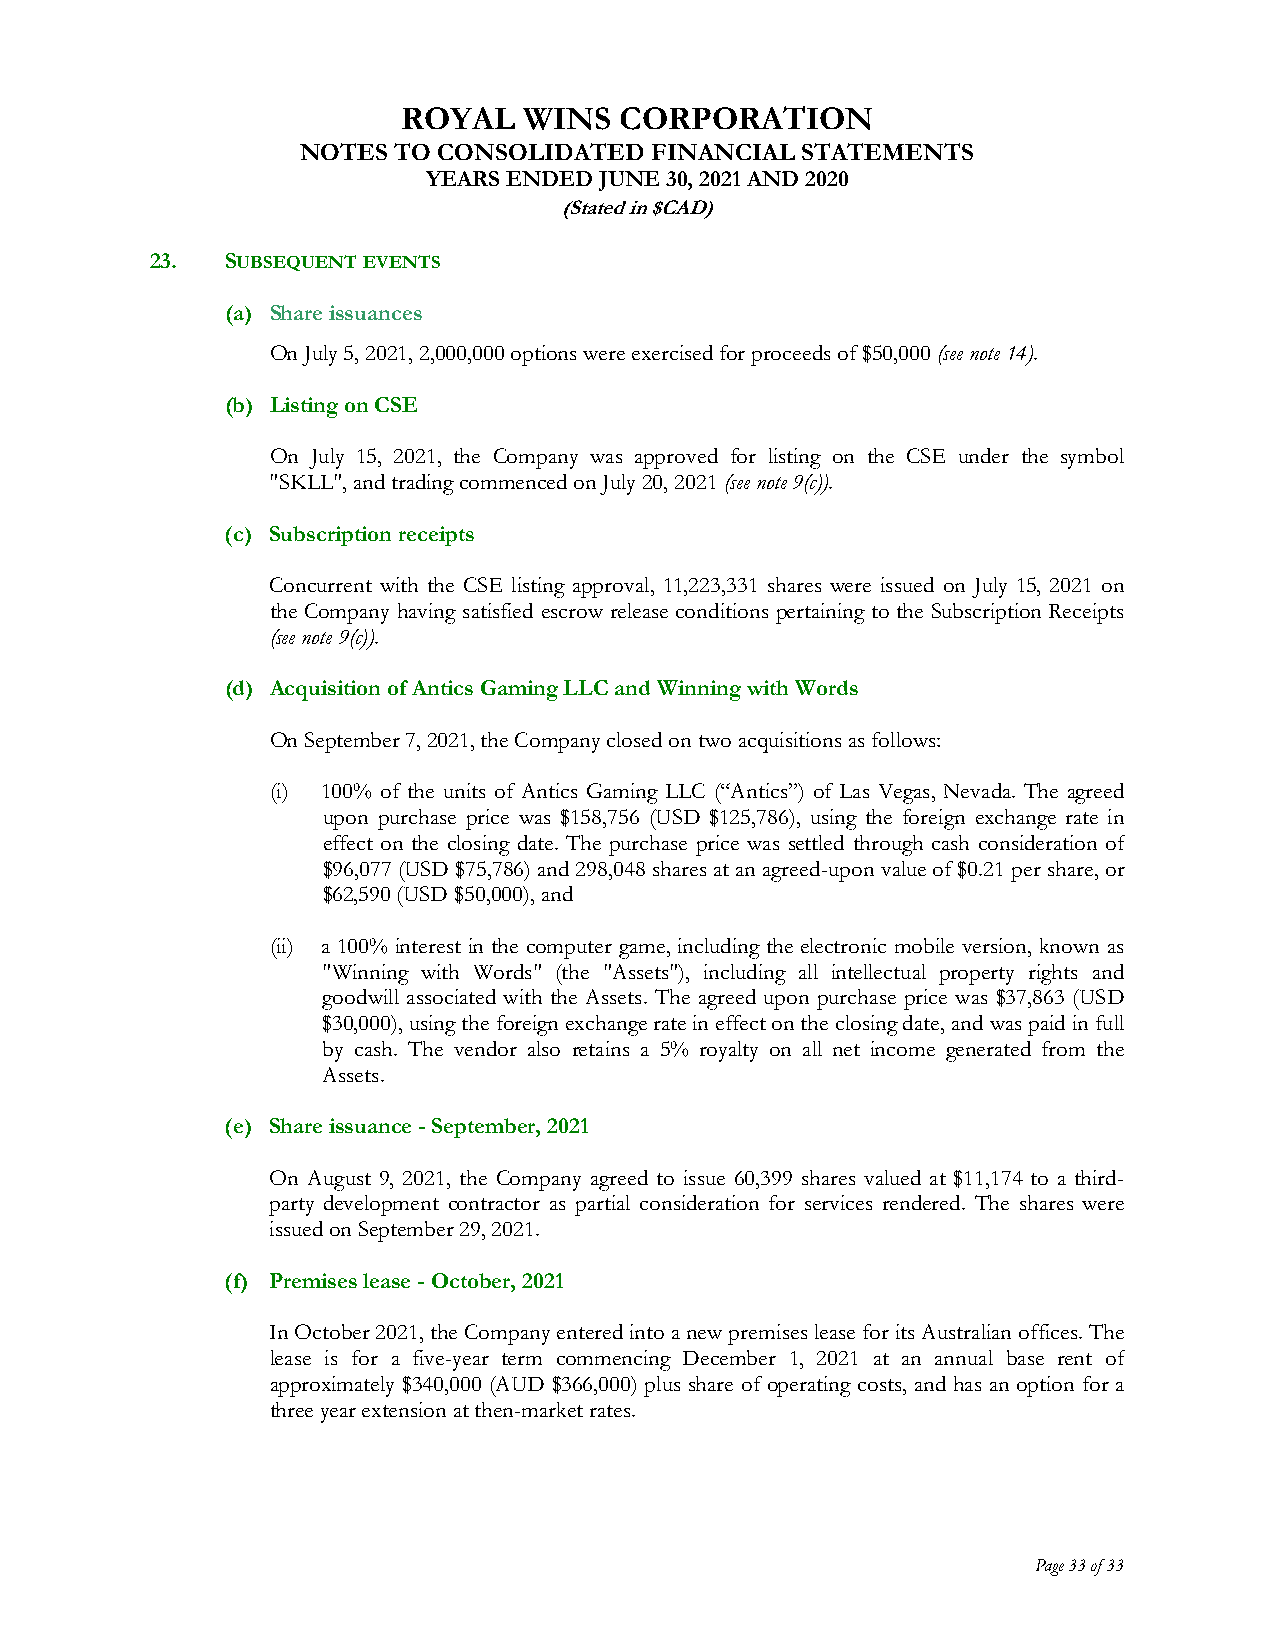
ROYAL   WINS  CORPORATION
 NOTES TO CONSOLIDATED  FINANCIAL STATEMENTS
 YEARS ENDED JUNE 30, 2021 AND 2020
 (Stated in $CAD)
 23.  SUBSEQUENTEVENTS
 (a) Share issuances
 On July 5, 2021, 2,000,000 options were exercised for proceeds of $50,000 (see note 14).
 (b) Listing on CSE
 On July 15, 2021, the Company was approved for listing on the CSE under the symbol
 "SKLL", and trading commenced on July 20, 2021 (see note 9(c)).
 (c) Subscription receipts
 Concurrent with the CSE listing approval, 11,223,331 shares were issued on July 15, 2021 on
 the Company having satisfied escrow release conditions pertaining to the Subscription Receipts
 (see note 9(c)).
 (d) Acquisition of Antics Gaming LLC and Winning with Words
 On September 7, 2021, the Company closed on two acquisitions as follows:
 (i) 100% of the units of Antics Gaming LLC (“Antics”) of Las Vegas, Nevada. The agreed
 upon purchase price was $158,756 (USD $125,786), using the foreign exchange rate in
 effect on the closing date. The purchase price was settled through cash consideration of
 $96,077 (USD $75,786) and 298,048 shares at an agreed-upon value of $0.21 per share, or
 $62,590 (USD $50,000), and
 (ii) a 100% interest in the computer game, including the electronic mobile version, known as
 "Winning with Words" (the "Assets"), including all intellectual property rights and
 goodwill associated with the Assets. The agreed upon purchase price was $37,863 (USD
 $30,000), using the foreign exchange rate in effect on the closing date, and was paid in full
 by cash. The vendor also retains a 5% royalty on all net income generated from the
 Assets.
 (e) Share issuance - September, 2021
 On August 9, 2021, the Company agreed to issue 60,399 shares valued at $11,174 to a third-
 party development contractor as partial consideration for services rendered. The shares were
 issued on September 29, 2021.
 (f) Premises lease - October, 2021
 In October 2021, the Company entered into a new premises lease for its Australian offices. The
 lease is for a five-year term commencing December 1, 2021 at an annual base rent of
 approximately $340,000 (AUD $366,000) plus share of operating costs, and has an option for a
 three year extension at then-market rates.
 Page 33 of 33